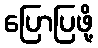
ပြောပြဖို့